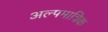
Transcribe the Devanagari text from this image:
अल्पमात्रिक